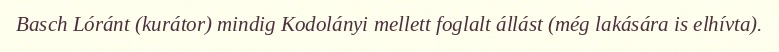
Basch Lóránt (kurátor) mindig Kodolányi mellett foglalt állást (még lakására is elhívta).